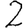
Digit: 2